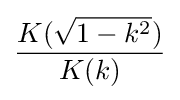
{\frac {K({\sqrt {1-k^{2}}})}{K(k)}}